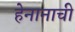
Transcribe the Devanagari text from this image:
हेनानाची